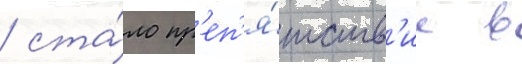
/ ста́ло пр'еп'я́тств'ие в